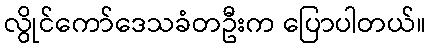
လွိုင်ကော်ဒေသခံတဦးက ပြောပါတယ်။